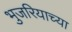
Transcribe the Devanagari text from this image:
भुजरियाच्या